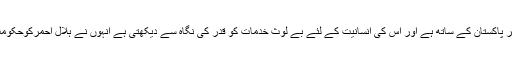
وزیر تعلیم نے کہا کہ صوبائی حکومت ہلال احمر پاکستان کے ساتھ ہے اور اس کی انسانیت کے لئے بے لوث خدمات کو قدر کی نگاہ سے دیکھتی ہے انہوں نے ہلال احمرکوحکومت کی جانب سے ہر قسم کے تعاون کا یقین دلایا۔